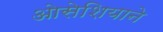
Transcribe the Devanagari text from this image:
ओसेशियाने